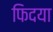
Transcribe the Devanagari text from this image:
फिदया